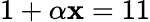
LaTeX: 1+\alpha\mathbf{x}=11